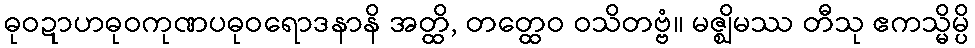
ဓုဝဍာဟဓုဝကုဏပဓုဝရောဒနာနိ အတ္ထိ, တတ္ထေဝ ဝသိတဗ္ဗံ။ မဇ္ဈိမဿ တီသု ဧကသ္မိမ္ပိ